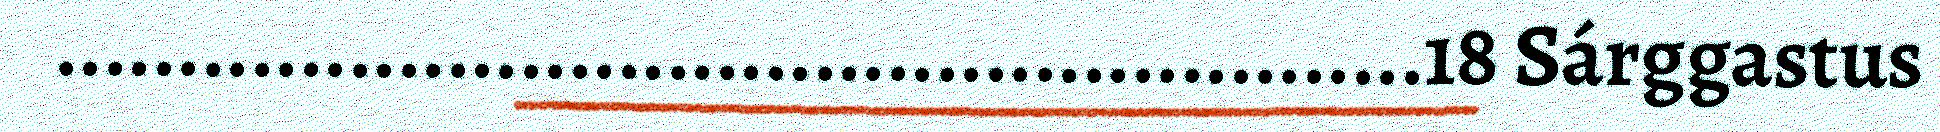
........................................................18 Sárggastus